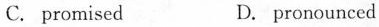
C. promised D. pronounced